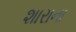
શારાના